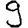
Digit: 9